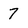
Character: 7